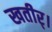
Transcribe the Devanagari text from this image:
खतीर्।